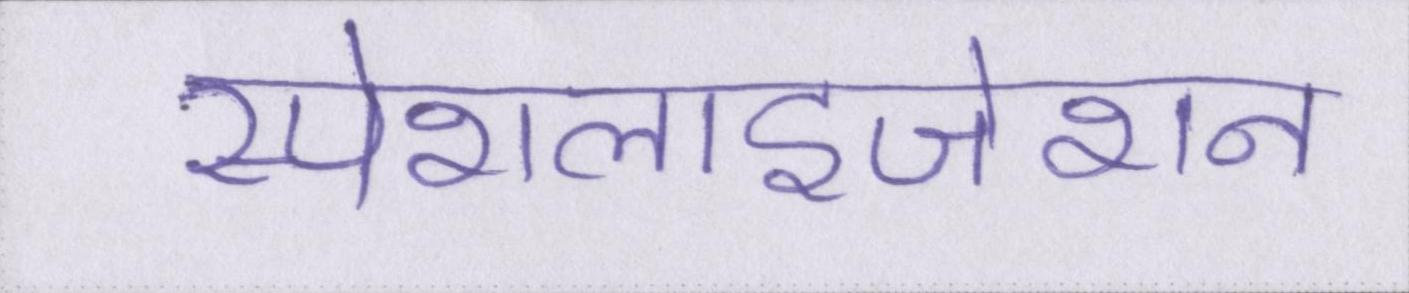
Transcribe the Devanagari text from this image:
स्पेशलाइजेशन